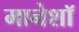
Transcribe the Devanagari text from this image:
मानेशॉ